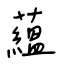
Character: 蘊